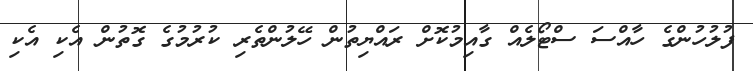
ފުލުހުންގެ ހާއްސަ ސްޓޯލެއް ގާއިމުކޮށް ރައްޔިތުން ހޭލުންތެރި ކުރުމުގެ ގޮތުން އެކި އެކި